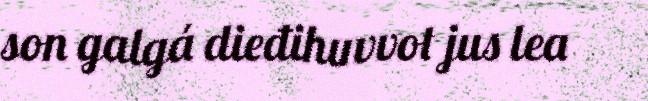
son galgá dieđihuvvot jus lea